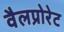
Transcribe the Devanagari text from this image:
वैलप्रोरेट